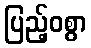
ပြည့်ဝစွာ